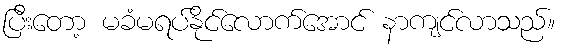
ပြီးတော့ မခံမရပ်နိုင်လောက်အောင် နာကျင်လာသည်။